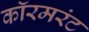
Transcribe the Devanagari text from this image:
कॉरमरंट